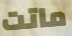
ماتت